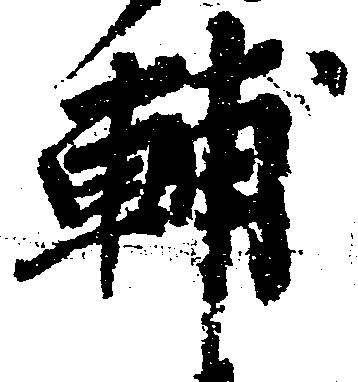
輔